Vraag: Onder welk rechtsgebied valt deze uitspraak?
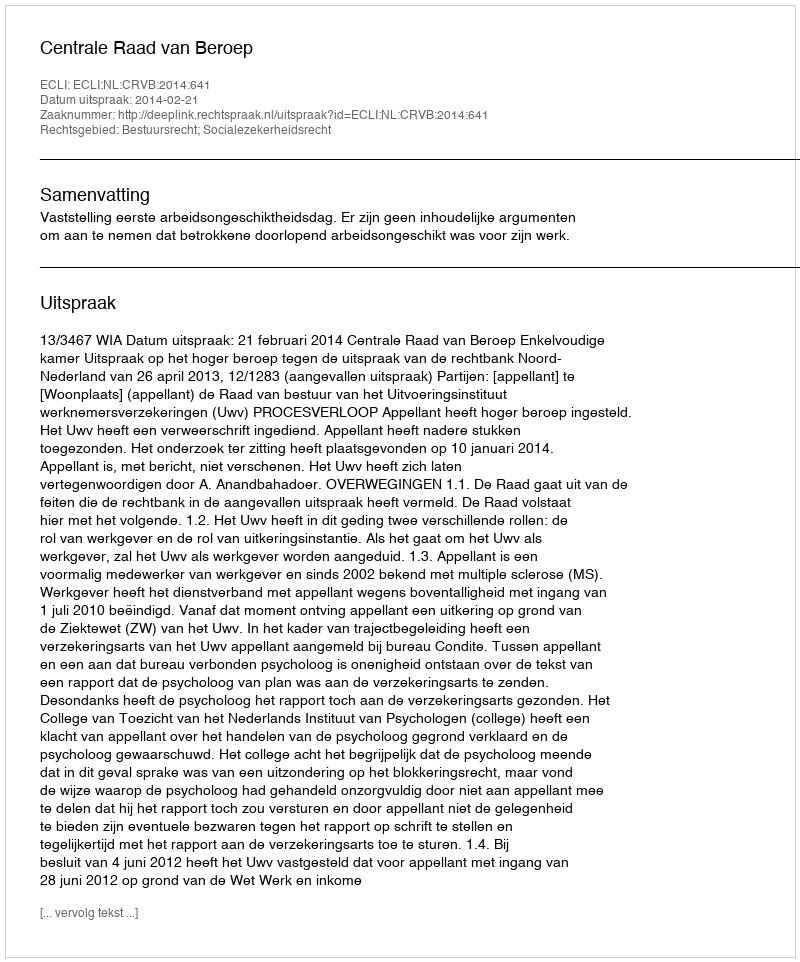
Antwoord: Bestuursrecht; Socialezekerheidsrecht